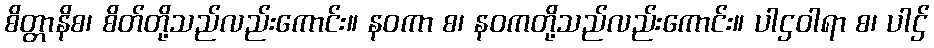
စိတ္တာနိစ၊ စိတ်တို့သည်လည်းကောင်း။ နဝကာ စ၊ နဝကတို့သည်လည်းကောင်း။ ပါဌဝါရာ စ၊ ပါဌ်